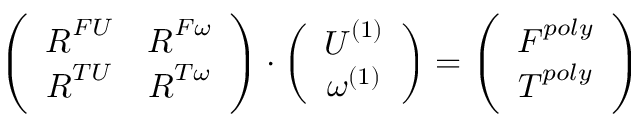
\left( \begin{array} { c c } { \boldsymbol { R } ^ { F U } } & { \boldsymbol { R } ^ { F \omega } } \\ { \boldsymbol { R } ^ { T U } } & { \boldsymbol { R } ^ { T \omega } } \end{array} \right) \cdot \left( \begin{array} { c } { \boldsymbol { U } ^ { ( 1 ) } } \\ { \omega ^ { ( 1 ) } } \end{array} \right) = \left( \begin{array} { c } { \boldsymbol { F } ^ { p o l y } } \\ { \boldsymbol { T } ^ { p o l y } } \end{array} \right)